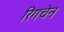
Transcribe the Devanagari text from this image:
रिंगचेन